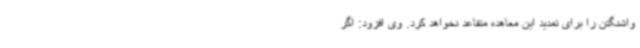
واشنگتن را برای تمدید این معاهده متقاعد نخواهد کرد. وی افزود: اگر